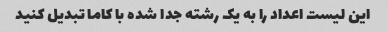
این لیست اعداد را به یک رشته جدا شده با کاما تبدیل کنید